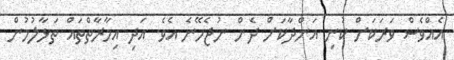
އެއްވެސް ވަރަކަށް ކުނި އަންދާކަށް ދެން ނުޖެހޭނެ އެވެ. އަދި އިމާރާތްތައް ތަޅާލުމުން